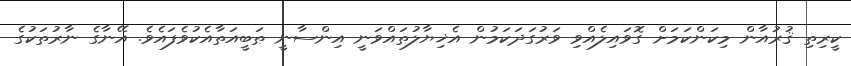
ކީރިތި ޤުރުއާން މިކަންކަމަށް ގޮވައިލެއްވި ވަރުގަދަކަމުން އެޚިޔާލުތައްވަނީ އިންސާނީ ޠަބީއަތާއެކުވެފައެވެ. އޭނާގެ ނާރުތަކުގެ